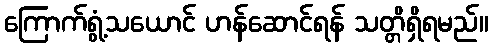
ကြောက်ရွံ့သယောင် ဟန်ဆောင်ရန် သတ္တိရှိရမည်။